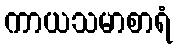
ကာယသမာစာရံ